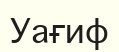
Уағиф